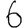
Digit: 6